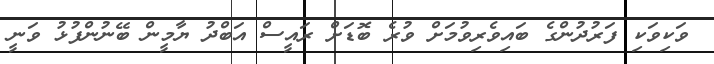
ވަކިވަކި ފަރުދުންގެ ބައިވެރިވުމަށް ވުރެ ބޮޑަށް ރައީސް އަބްދު ޔާމީން ބޭނުންފުޅު ވަނީ